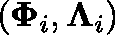
( \mathbf { \Phi } _ { i } , \mathbf { \Lambda } _ { i } )